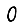
Digit: 0